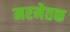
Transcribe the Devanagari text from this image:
मरनेतक